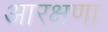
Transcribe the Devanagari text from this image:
आरक्षणा